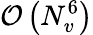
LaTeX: \mathcal{O}\left(N_{v}^{6}\right)